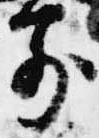
前